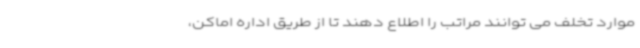
موارد تخلف می توانند مراتب را اطلاع دهند تا از طریق اداره اماکن،